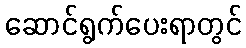
ဆောင်ရွက်ပေးရာတွင်